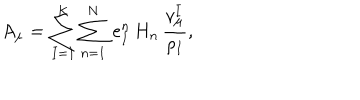
LaTeX: A _ { \mu } = \sum _ { I = 1 } ^ { K } \sum _ { n = 1 } ^ { N } \, e _ { I } ^ { n } \, H _ { n } \, { \frac { v _ { \mu } ^ { I } } { \rho _ { I } } } ,